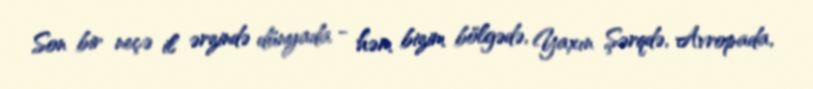
Son bir neçə il ərzində dünyada - həm bizim bölgədə, Yaxın Şərqdə, Avropada,